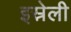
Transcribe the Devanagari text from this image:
इस्रेली